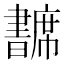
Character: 𢅺